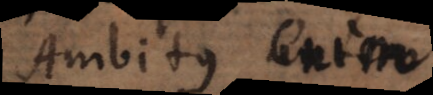
Ambitus enim